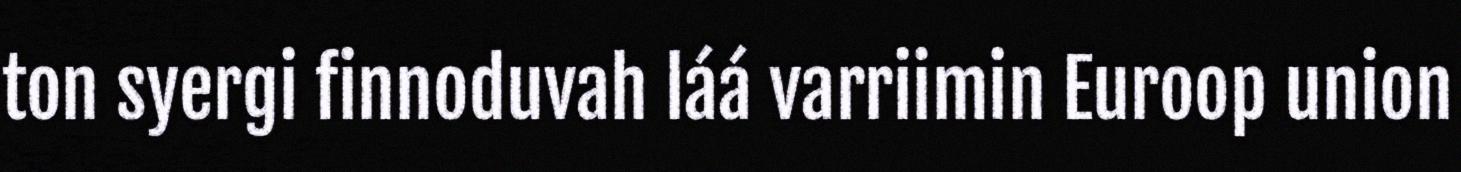
ton syergi finnoduvah láá varriimin Euroop union